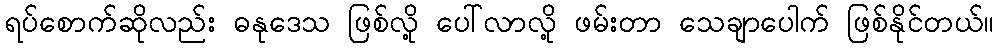
ရပ်စောက်ဆိုလည်း ဓနုဒေသ ဖြစ်လို့ ပေါ်လာလို့ ဖမ်းတာ သေချာပေါက် ဖြစ်နိုင်တယ်။